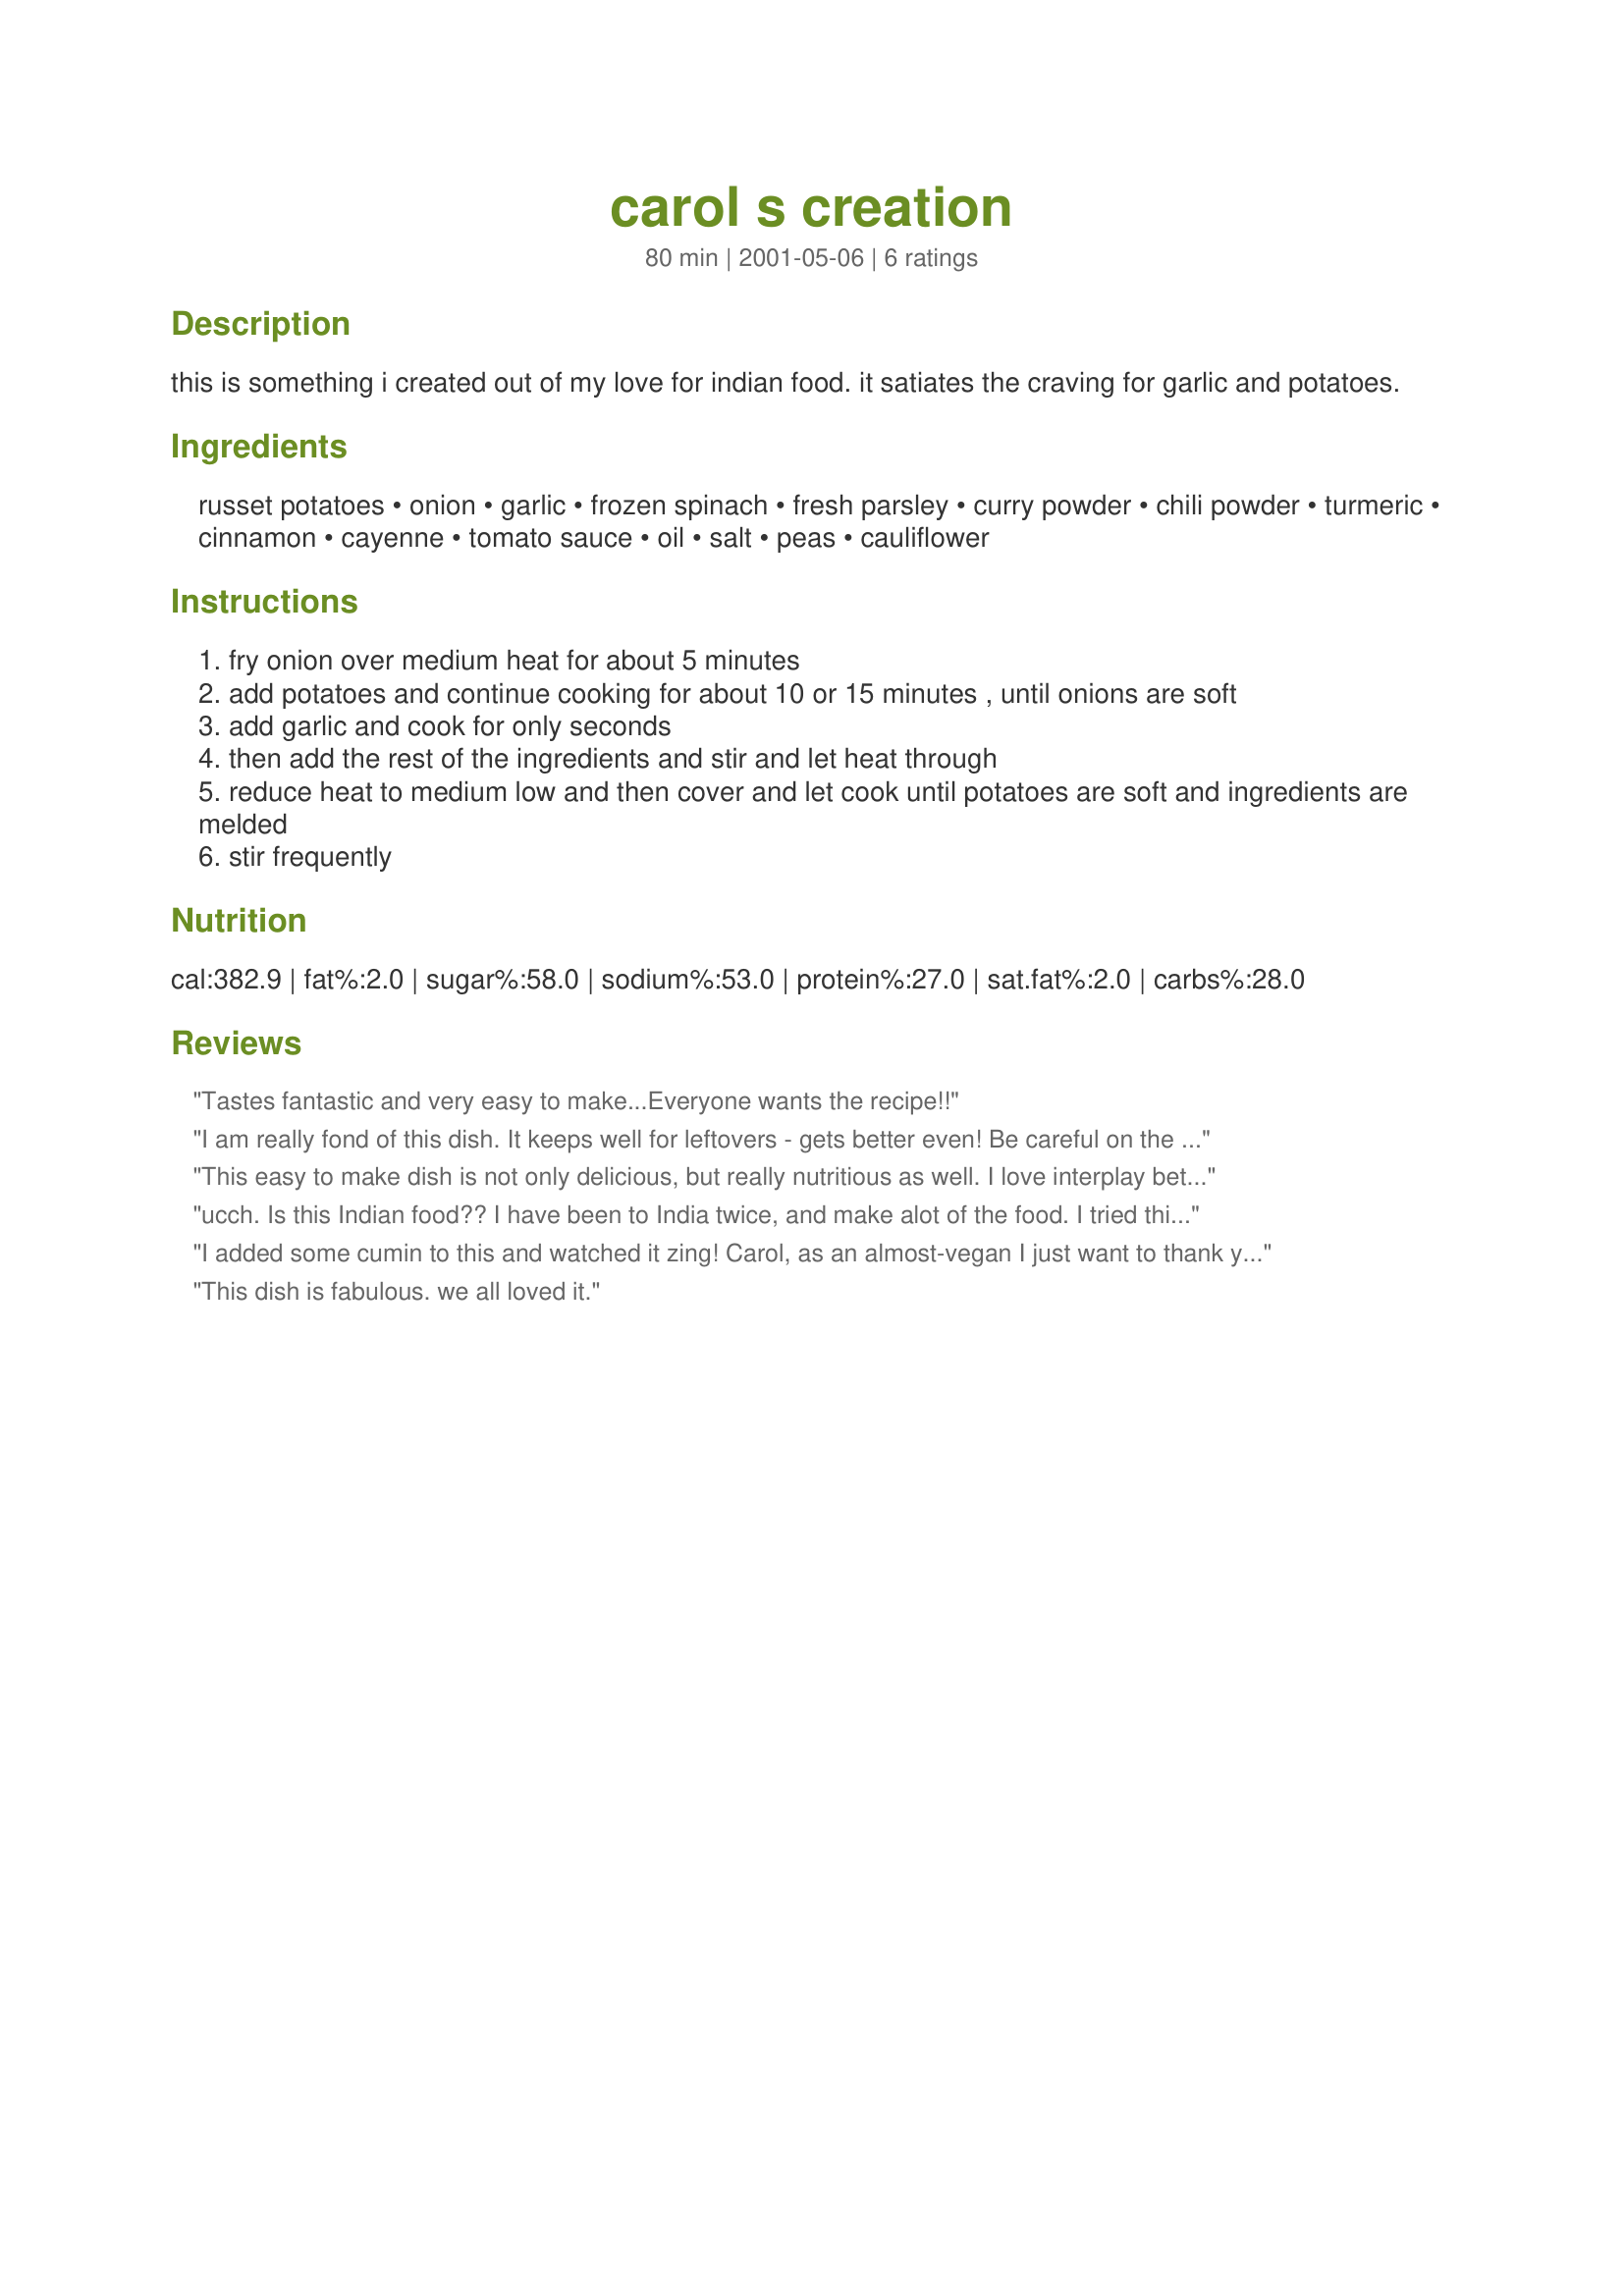
carol s creation
Preparation time: 80 minutes

this is something i created out of my love for indian food. it satiates the craving for garlic and potatoes.

Ingredients:
russet potatoes, onion, garlic, frozen spinach, fresh parsley, curry powder, chili powder, turmeric, cinnamon, cayenne, tomato sauce, oil, salt, peas, cauliflower

Steps:
fry onion over medium heat for about 5 minutes
add potatoes and continue cooking for about 10 or 15 minutes , until onions are soft
add garlic and cook for only seconds
then add the rest of the ingredients and stir and let heat through
reduce heat to medium low and then cover and let cook until potatoes are soft and ingredients are melded
stir frequently

Reviews:
Tastes fantastic and very easy to make...Everyone wants the recipe!!
I am really fond of this dish. It keeps well for leftovers - gets better even! Be careful on the amount of spices- I used too much cinnamon... Carol- for dummies like me you should put some approx amounts..
This easy to make dish is not only delicious, but really nutritious as well. I love interplay between the spinach and potato - definately a winner.
ucch. Is this Indian food?? I have been to India twice, and make alot of the food. I tried this recipe because of the rave reviews that other people gave it and did not like it. Carol's dal, however is great (see uder her name).
I added some cumin to this and watched it zing! Carol, as an almost-vegan I just want to thank you for your wonderful recipes!
This dish is fabulous. we all loved it.
